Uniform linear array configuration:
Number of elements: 24
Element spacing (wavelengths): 0.5
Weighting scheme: blackman
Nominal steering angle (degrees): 15
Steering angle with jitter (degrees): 13.311
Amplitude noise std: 0.05
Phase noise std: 0.05

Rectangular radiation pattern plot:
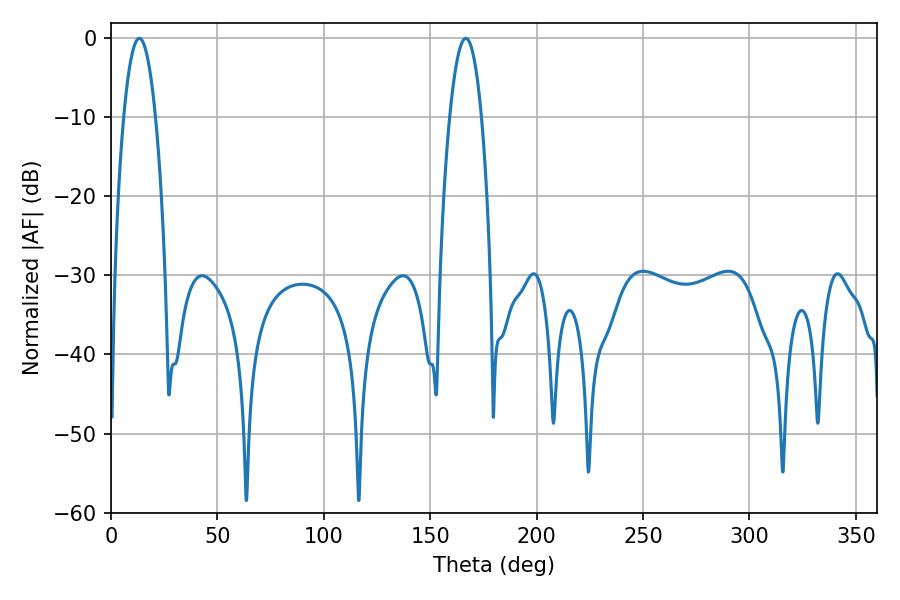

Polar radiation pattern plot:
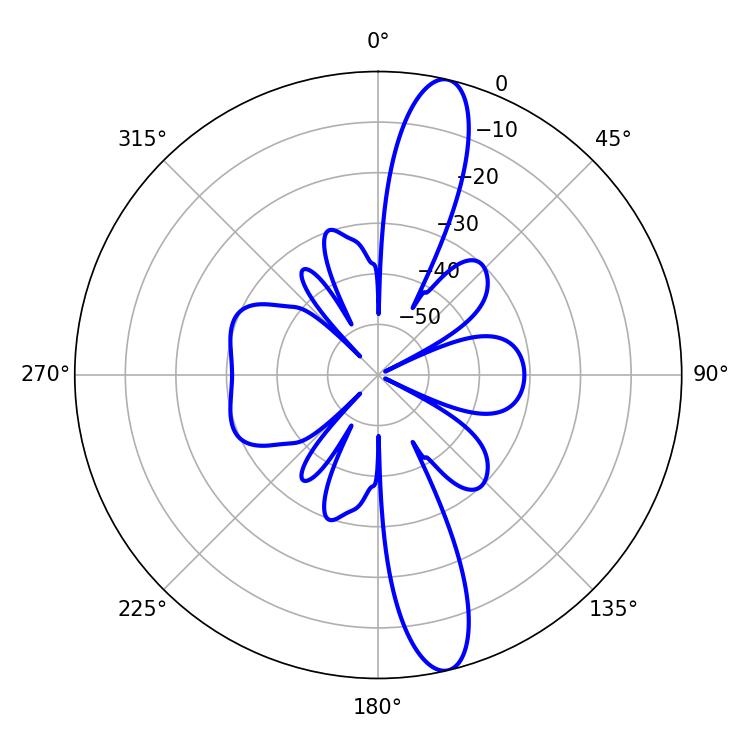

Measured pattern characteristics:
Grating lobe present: FALSE
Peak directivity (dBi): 14.505
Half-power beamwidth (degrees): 8.28
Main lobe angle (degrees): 13.32